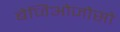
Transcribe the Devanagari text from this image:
बेजिओजोसो